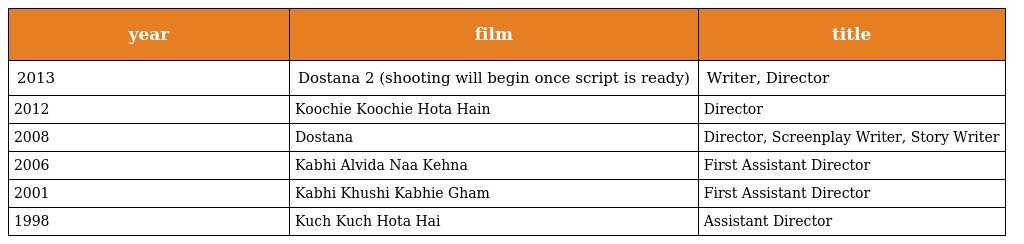
| year | film | title |
 | --- | --- | --- |
 | 2013 | Dostana 2 (shooting will begin once script is ready) | Writer, Director |
 | 2012 | Koochie Koochie Hota Hain | Director |
 | 2008 | Dostana | Director, Screenplay Writer, Story Writer |
 | 2006 | Kabhi Alvida Naa Kehna | First Assistant Director |
 | 2001 | Kabhi Khushi Kabhie Gham | First Assistant Director |
 | 1998 | Kuch Kuch Hota Hai | Assistant Director |